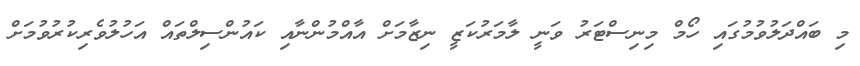
މި ބައްދަލުވުމުގައި ހޯމް މިނިސްޓަރު ވަނީ ލާމަރުކަޒީ ނިޒާމަށް އާއްމުންނާއި ކައުންސިލްތައް އަހުލުވެރިކުރުވުމަށް